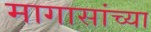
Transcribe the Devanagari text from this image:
मागासांच्या